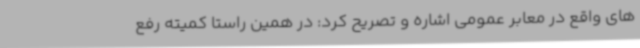
های واقع در معابر عمومی اشاره و تصریح کرد: در همین راستا کمیته رفع